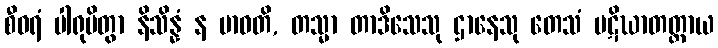
စီဝရံ ပါရုပိတွာ နိသိန္နံ န ဗာဓတိ, တသ္မာ တာဒိသေသု ဌာနေသု တေသံ ပဋိဃာတတ္ထာယ